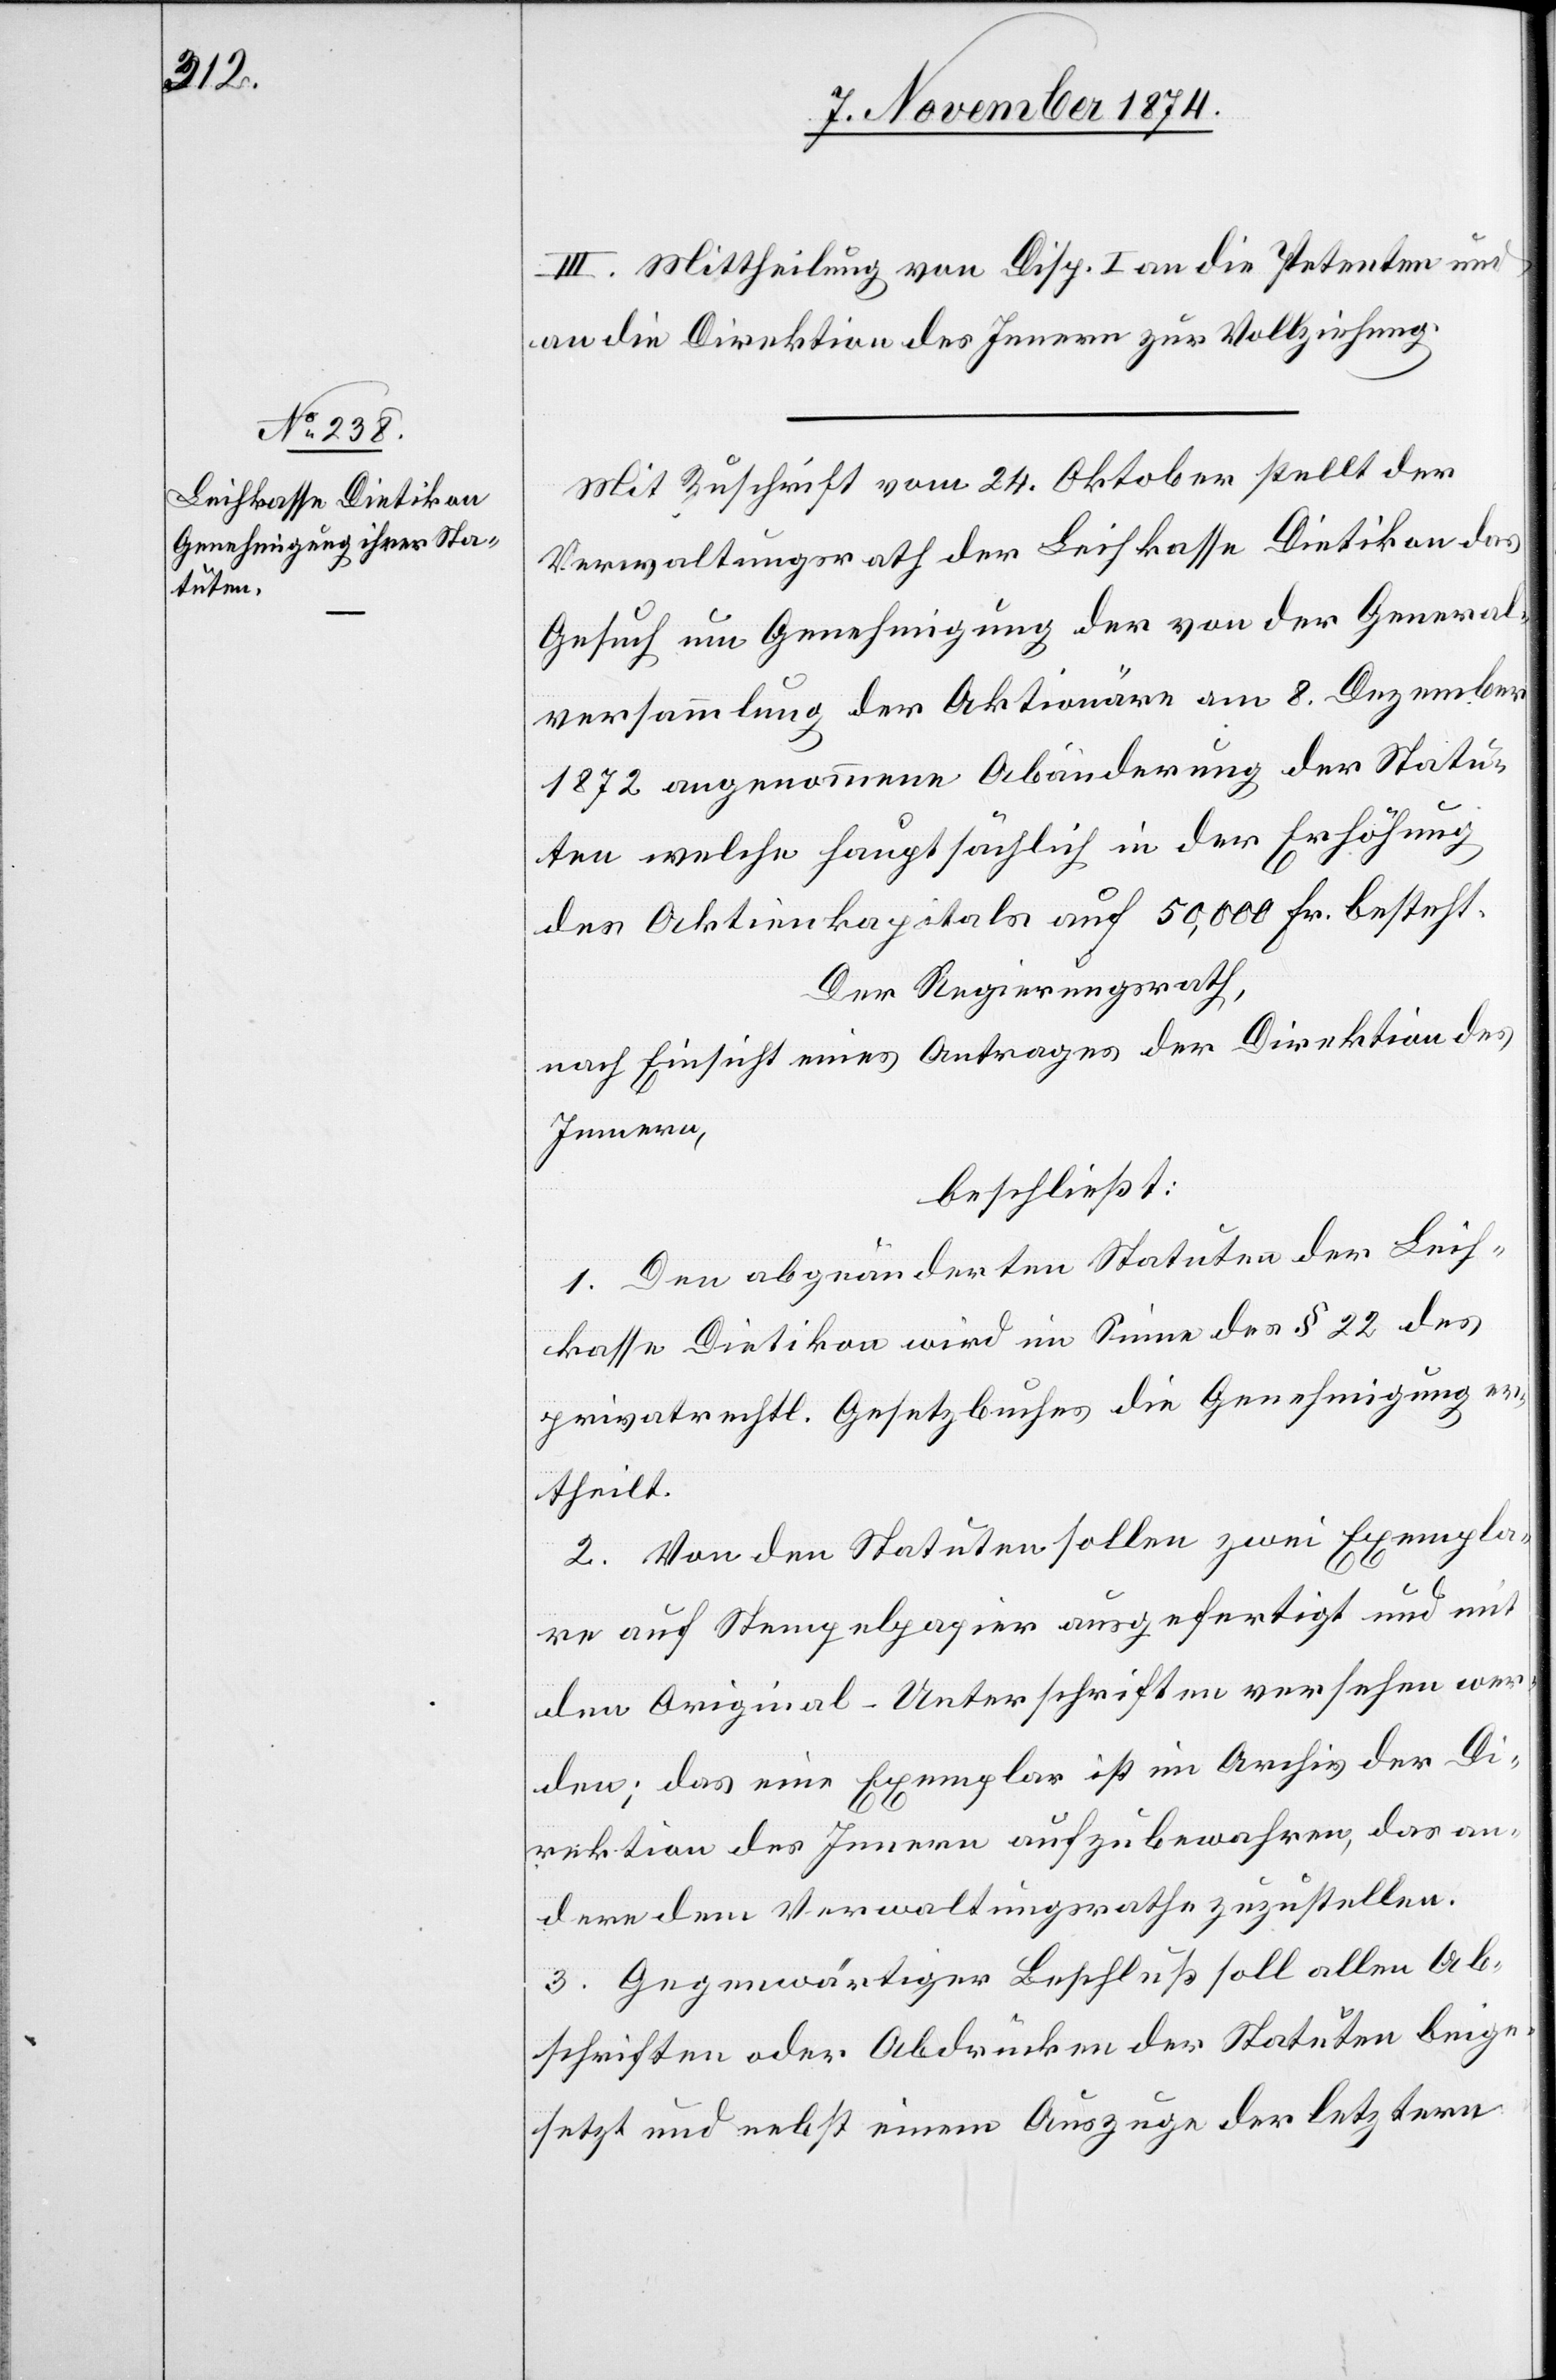
III. Mittheilung von Disp. I an die Petenten und
an die Direktion des Innern zur Vollziehung.
Mit Zuschrift vom 24. Oktober stellt der
Verwaltungsrath der Leihkasse Dietikon das
Gesuch um Genehmigung der von der General¬
versammlung der Aktionäre am 8. Dezember
1872 angenommenen Abänderung der Statu¬
ten welche hauptsächlich in der Erhöhung
des Aktienkapitals auf 50,000 Fr. besteht.
Der Regierungsrath,
nach Einsicht eines Antrages der Direktion des
Innern,
beschließt:
1. Den abgeänderten Statuten der Leih¬
kasse Dietikon wird im Sinne des § 22 des
privatrechtl. Gesetzbuches die Genehmigung er¬
theilt.
2. Von den Statuten sollen zwei Exempla¬
re auf Stempelpapier ausgefertigt und mit
den Original-Unterschriften versehen wer¬
den; das eine Exemplar ist im Archiv der Di¬
rektion des Innern aufzubewahren, das an¬
dere dem Verwaltungsrathe zuzustellen.
3. Gegenwärtiger Beschluß soll allen Ab¬
schriften oder Abdrücken der Statuten beige¬
setzt und nebst einem Auszuge der letztern